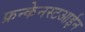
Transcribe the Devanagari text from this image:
फ्रन्केनस्टआईन